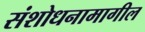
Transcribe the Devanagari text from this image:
संशोधनामागील